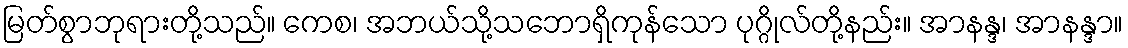
မြတ်စွာဘုရားတို့သည်။ ကေစ၊ အဘယ်သို့သဘောရှိကုန်သော ပုဂ္ဂိုလ်တို့နည်း။ အာနန္ဒ၊ အာနန္ဒာ။